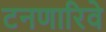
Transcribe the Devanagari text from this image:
टनणारिवे